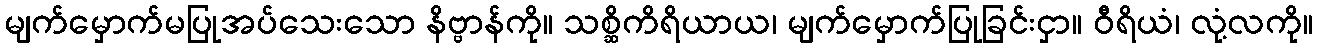
မျက်မှောက်မပြုအပ်သေးသော နိဗ္ဗာန်ကို။ သစ္ဆိကိရိယာယ၊ မျက်မှောက်ပြုခြင်းငှာ။ ဝီရိယံ၊ လုံ့လကို။